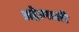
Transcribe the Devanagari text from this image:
अहेत्माली